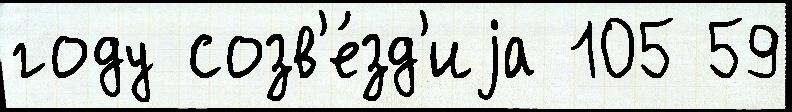
году созв'е́зд'иjа 105 59